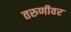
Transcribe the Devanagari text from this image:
तरुणीवर